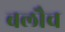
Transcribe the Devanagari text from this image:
बलौच